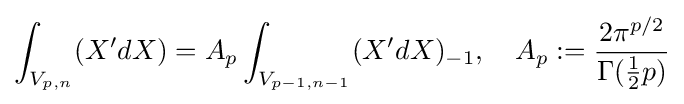
\int _{V_{p,n}}(X'dX)=A_{p}\int _{V_{p-1,n-1}}(X'dX)_{-1},\quad A_{p}:={\frac {2\pi ^{p/2}}{\Gamma ({\tfrac {1}{2}}p)}}